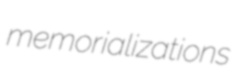
memorializations